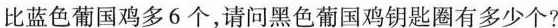
比蓝色葡国鸡多6个，请问黑色葡国鸡钥匙圈有多少个?